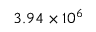
3 . 9 4 \times 1 0 ^ { 6 }